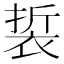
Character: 裚